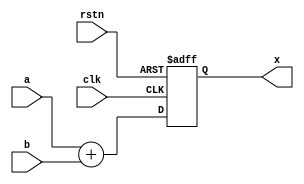
// ADD2.v
module ADD2(
    clk,
    rstn,
    x, a, b
);
input clk, rstn;
input   [7:0] a, b;
output reg [7:0] x;
    
always @(posedge clk or negedge rstn) begin
    if(~rstn)
        x <= 8'h00;
    else
        x <= a + b;
end
endmodule